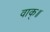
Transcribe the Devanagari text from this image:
वाक्॥